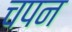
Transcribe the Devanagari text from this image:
चपन